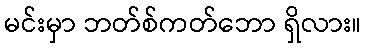
မင်းမှာ ဘတ်စ်ကတ်ဘော ရှိလား။